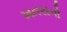
ખતરાનો